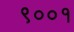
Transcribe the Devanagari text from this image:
९००१